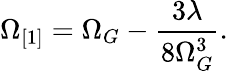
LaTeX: \Omega_{[1]}=\Omega_{G}-\frac{3\lambda}{8\Omega_{G}^{3}}.